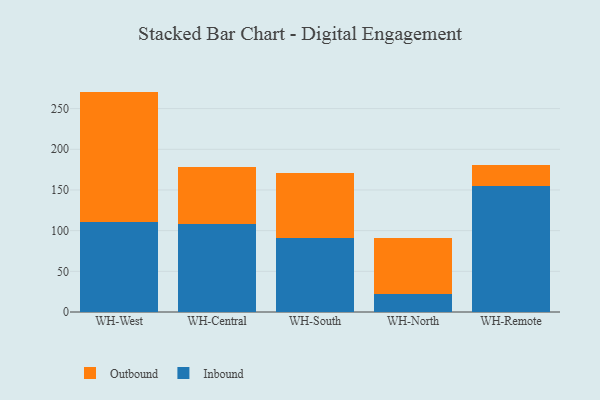
{"axis": {"x": "Warehouse", "y": "LTV (USD)"}, "legend": ["Inbound", "Outbound"], "data": [{"x": "WH-West", "y": 110.2, "type": "Inbound"}, {"x": "WH-West", "y": 160.7, "type": "Outbound"}, {"x": "WH-Central", "y": 107.6, "type": "Inbound"}, {"x": "WH-Central", "y": 71.1, "type": "Outbound"}, {"x": "WH-South", "y": 90.8, "type": "Inbound"}, {"x": "WH-South", "y": 79.8, "type": "Outbound"}, {"x": "WH-North", "y": 21.7, "type": "Inbound"}, {"x": "WH-North", "y": 69.6, "type": "Outbound"}, {"x": "WH-Remote", "y": 155.1, "type": "Inbound"}, {"x": "WH-Remote", "y": 25.1, "type": "Outbound"}]}